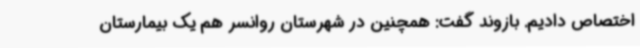
اختصاص دادیم. بازوند گفت: همچنین در شهرستان روانسر هم یک بیمارستان